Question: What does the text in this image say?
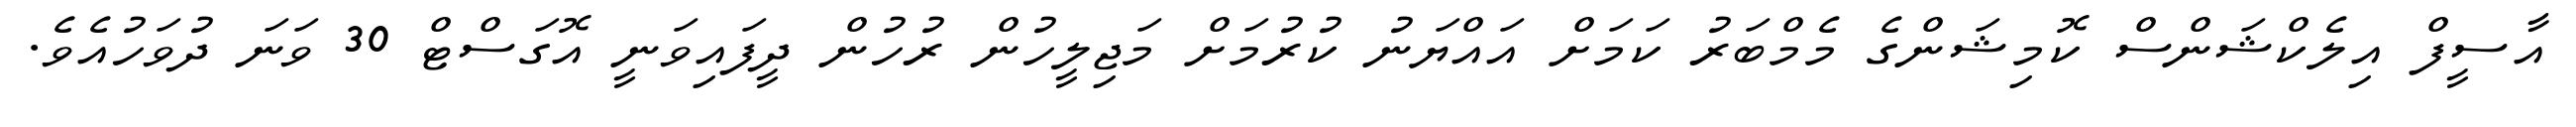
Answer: އާސީފް އިލެކްޝަންސް ކޮމިޝަންގެ މެމްބަރު ކަމަށް އައްޔަނު ކުރުމަށް މަޖިލީހުން ރުހުން ދީފައިވަނީ އޮގަސްޓް 30 ވަނަ ދުވަހުއެވެ.